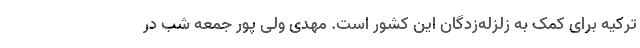
ترکیه برای کمک به زلزله‌زدگان این کشور است. مهدی ولی پور جمعه شب در